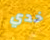
خدي